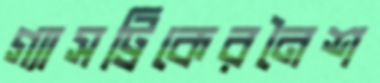
গ্যাসট্রিকেরনৈশ